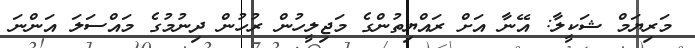
މަރިޔަމް ޝަކީލާ: އޭނާ އަށް ރައްޔިތުންގެ މަޖިލީހުން ރުހުން ދިނުމުގެ މައްސަލަ އަންނަ